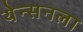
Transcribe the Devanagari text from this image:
येन्सनला